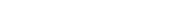
١٩٧